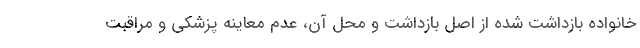
خانواده بازداشت شده از اصل بازداشت و محل آن، عدم معاینه پزشکی و مراقبت